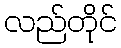
လည်တိုင်